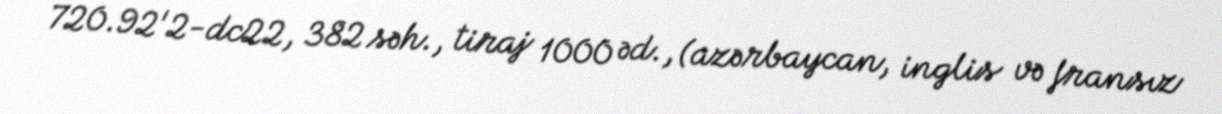
720.92'2-dc22, 382 səh., tiraj 1000 əd., (azərbaycan, inglis və fransız